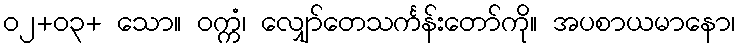
၀၂+၀၃+ သော။ ဝက္ကံ၊ လျှော်တေသင်္ကန်းတော်ကို။ အပစာယမာနော၊